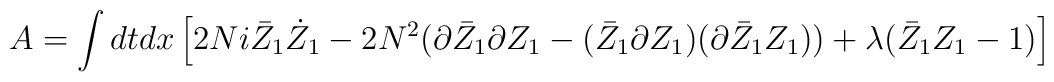
A=\int dt dx  \left[2Ni\bar Z_1 \dot Z_1-2N^2(\partial \bar Z_1\partial Z_1-(\bar Z_1\partial  Z_1)(\partial\bar Z_1 Z_1))+\lambda (\bar Z_1 Z_1-1)\right]